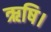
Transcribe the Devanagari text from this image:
ऋषि।